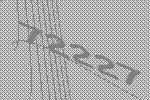
72227